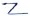
Text: -